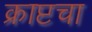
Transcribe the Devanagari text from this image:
क्राप्टचा